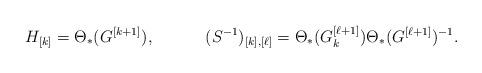
LaTeX: \begin{align*}H_{[k]}&=\Theta_*(G^{[k+1]}), &(S^{-1})_{[k],[\ell]}&=\Theta_*(G^{[\ell+1]}_k)\Theta_*(G^{[\ell+1]})^{-1}.\end{align*}